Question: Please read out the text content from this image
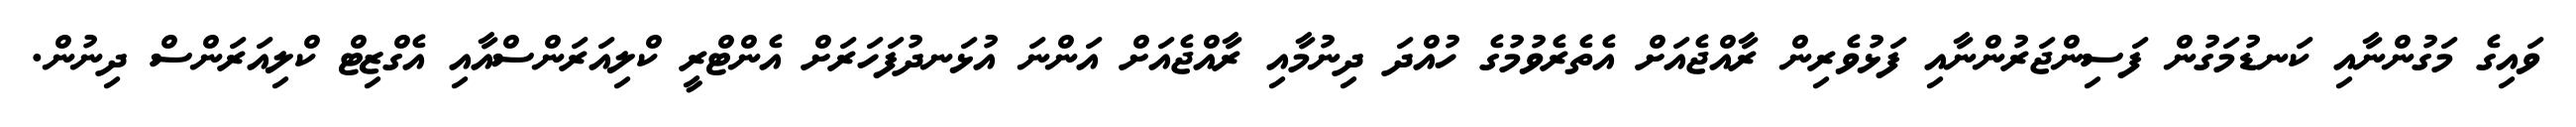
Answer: ވައިގެ މަގުންނާއި ކަނޑުމަގުން ފަސިންޖަރުންނާއި ފަޅުވެރިން ރާއްޖެއަށް އެތެރެވުމުގެ ހުއްދަ ދިނުމާއި ރާއްޖެއަށް އަންނަ އުޅަނދުފަހަރަށް އެންޓްރީ ކްލިއަރަންސްއާއި އެގްޒިޓް ކްލިއަރަންސް ދިނުން.